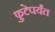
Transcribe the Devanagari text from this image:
फुटेपर्यंत